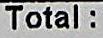
TOTAL :